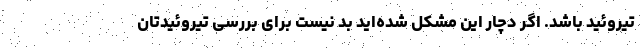
تیروئید باشد. اگر دچار این مشکل شده‌اید بد نیست برای بررسی تیروئیدتان